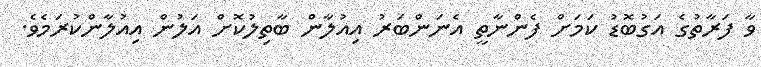
ވާ ފަރާތުގެ އަގުބޮޑު ކަމަށް ފެންނާތީ އެނަންބަރު އިއުލާން ބާތިލުކޮށް އަލުން އިއުލާންކުރަމެވެ.